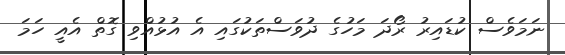
ނަމަވެސް ކުޑައިރު ރޯދަ މަހުގެ ދުވަސްތަކުގައި އެ އުޅުއްވި ގޮތް އެއީ ހަމަ